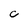
Character: C